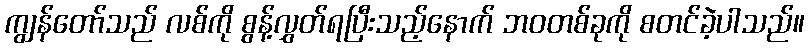
ကျွန်တော်သည် လစ်ကို စွန့်လွှတ်ရပြီးသည့်နောက် ဘဝတစ်ခုကို စတင်ခဲ့ပါသည်။